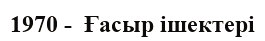
1970 -  Ғасыр ішектері